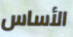
الأساس